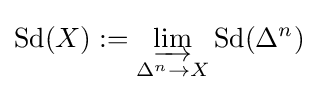
\operatorname {Sd} (X):=\varinjlim _{\Delta ^{n}\rightarrow X}\operatorname {Sd} (\Delta ^{n})